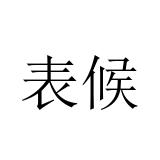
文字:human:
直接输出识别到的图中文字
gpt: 表候